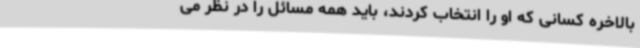
بالاخره کسانی که او را انتخاب کردند، باید همه مسائل را در نظر می